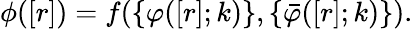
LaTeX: \phi([r])=f(\{ \varphi([r];k)\} ,\{ \bar{\varphi}([r];k)\} ).